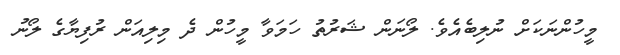
މީހުންނަކަށް ނުލިބެއެވެ. ލޯނަން ޝަރުތު ހަމަވާ މީހުން ދެ މިލިއަން ރުފިޔާގެ ލޯނު